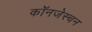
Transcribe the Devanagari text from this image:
कॉनजेस्चन